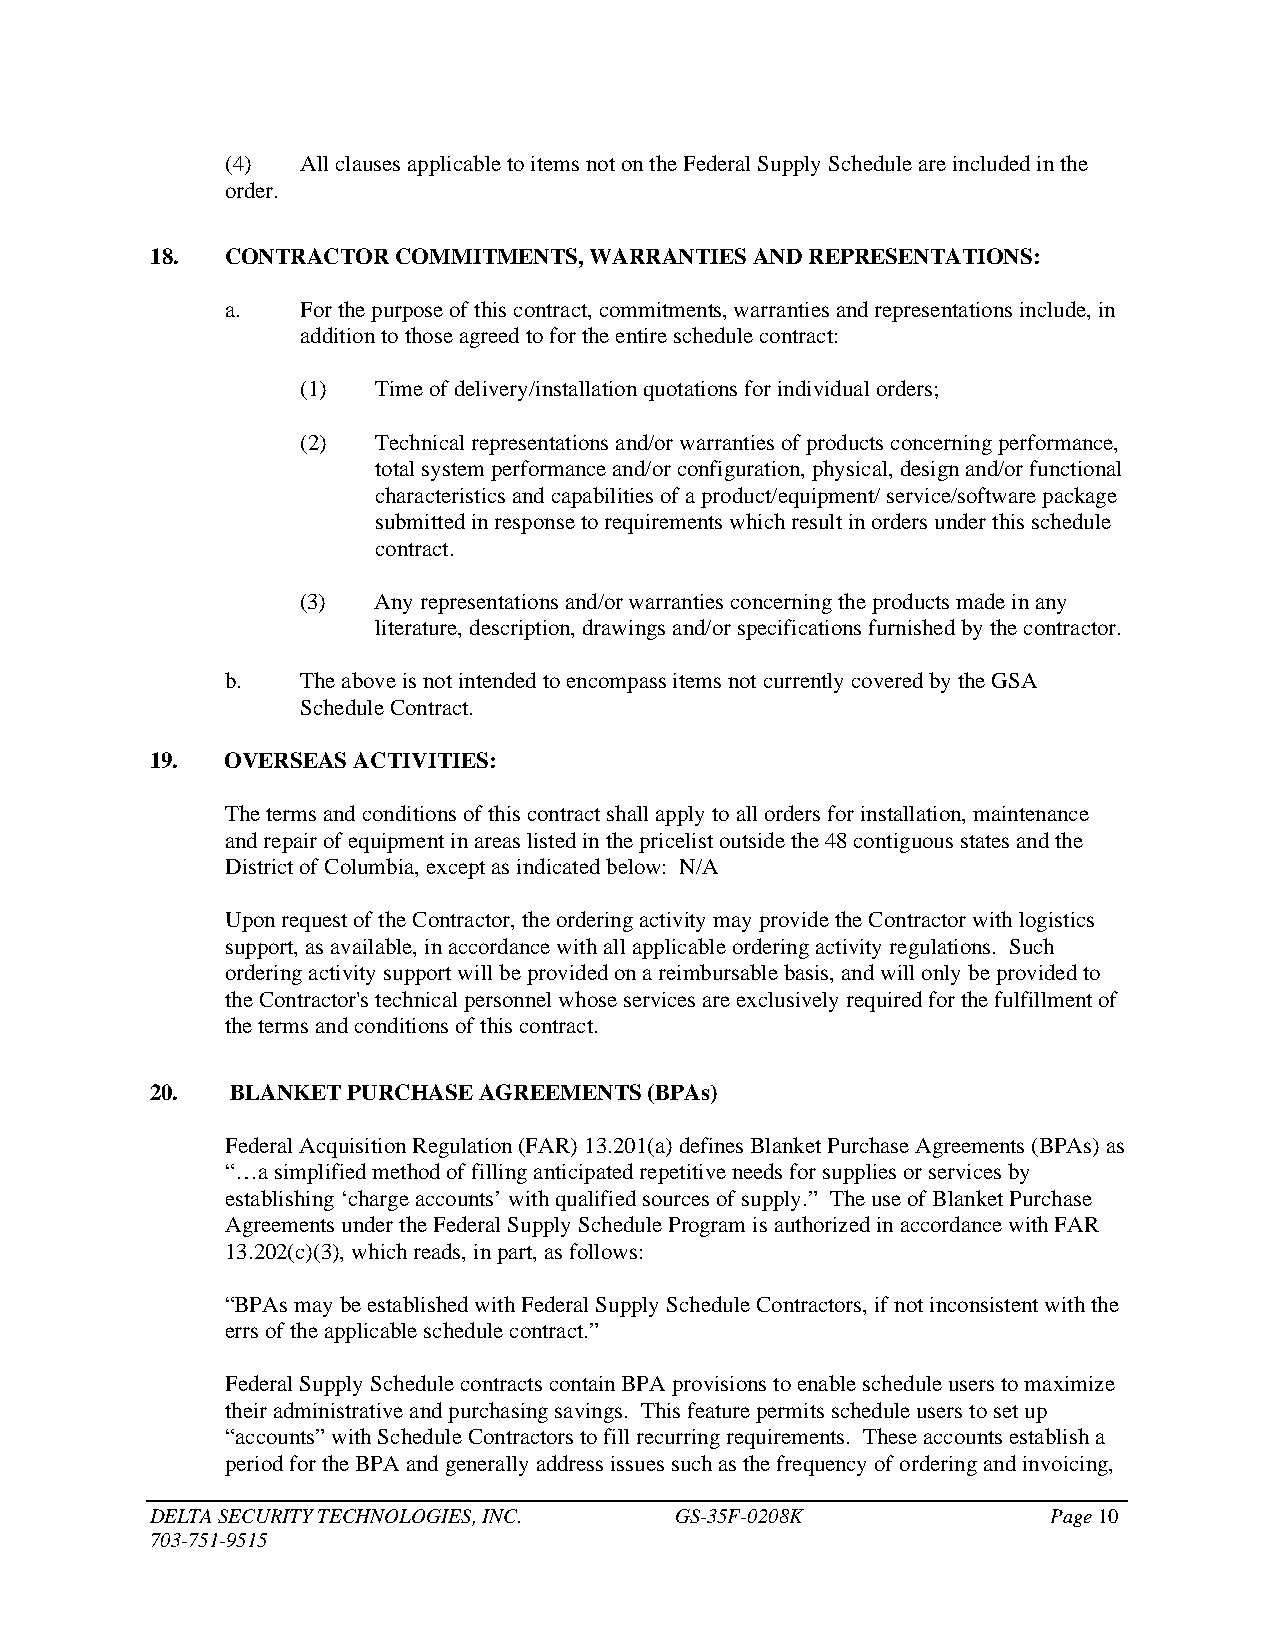
(4)  All clauses applicable to items not on the Federal Supply Schedule are included in the
 order.
 18.  CONTRACTOR COMMITMENTS, WARRANTIES AND REPRESENTATIONS:
 a.   For the purpose of this contract, commitments, warranties and representations include, in
 addition to those agreed to for the entire schedule contract:
 (1)  Time of delivery/installation quotations for individual orders;
 (2)  Technical representations and/or warranties of products concerning performance,
 total system performance and/or configuration, physical, design and/or functional
 characteristics and capabilities of a product/equipment/ service/software package
 submitted in response to requirements which result in orders under this schedule
 contract.
 (3)  Any representations and/or warranties concerning the products made in any
 literature, description, drawings and/or specifications furnished by the contractor.
 b.   The above is not intended to encompass items not currently covered by the GSA
 Schedule Contract.
 19.  OVERSEAS ACTIVITIES:
 The terms and conditions of this contract shall apply to all orders for installation, maintenance
 and repair of equipment in areas listed in the pricelist outside the 48 contiguous states and the
 District of Columbia, except as indicated below: N/A
 Upon request of the Contractor, the ordering activity may provide the Contractor with logistics
 support, as available, in accordance with all applicable ordering activity regulations. Such
 ordering activity support will be provided on a reimbursable basis, and will only be provided to
 the Contractor's technical personnel whose services are exclusively required for the fulfillment of
 the terms and conditions of this contract.
 20.  BLANKET PURCHASE AGREEMENTS (BPAs)
 Federal Acquisition Regulation (FAR) 13.201(a) defines Blanket Purchase Agreements (BPAs) as
 “…a simplified method of filling anticipated repetitive needs for supplies or services by
 establishing ‘charge accounts’ with qualified sources of supply.” The use of Blanket Purchase
 Agreements under the Federal Supply Schedule Program is authorized in accordance with FAR
 13.202(c)(3), which reads, in part, as follows:
 “BPAs may be established with Federal Supply Schedule Contractors, if not inconsistent with the
 errs of the applicable schedule contract.”
 Federal Supply Schedule contracts contain BPA provisions to enable schedule users to maximize
 their administrative and purchasing savings. This feature permits schedule users to set up
 “accounts” with Schedule Contractors to fill recurring requirements. These accounts establish a
 period for the BPA and generally address issues such as the frequency of ordering and invoicing,
 DELTA SECURITY TECHNOLOGIES, INC.  GS-35F-0208K             Page 10
 703-751-9515